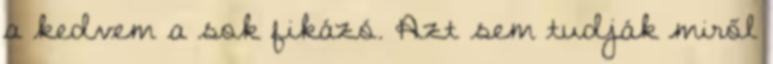
a kedvem a sok fikázó. Azt sem tudják miről